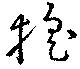
搖